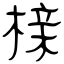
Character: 榇